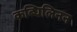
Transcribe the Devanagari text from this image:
कब्धिलिनन